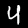
Label: 4